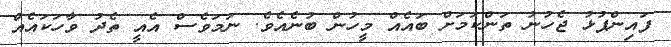
ފައިންޕުޅު ޖެހުނު ތަންކަމަށް ބައެއް މީހުން ބުނެއެވެ. ނަމަވެސް އެއީ ތެދު ވާހަކައެއް